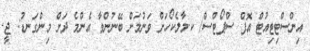
އިންސްޓިޓިއުޓް އޮފް ސްޕޯޓްސް/ ކ.މާލެކޯހަށް ވަނުމަށް ބޭނުންވާ އެންމެ ދަށް މިންގަނޑު: ޖީ.